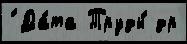
́ Да́та Труды́ др